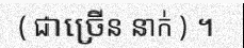
( ជាច្រើន នាក់ ) ។